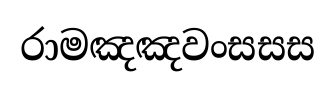
රාමඤඤවංසසස